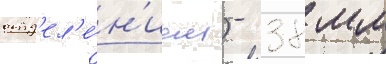
отд'ел'е́н'ием) - 38 мм